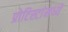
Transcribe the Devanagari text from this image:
प्रोटिस्टांमध्ये